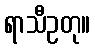
ရာသီဥတု။